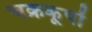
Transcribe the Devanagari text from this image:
चक्रकूपों